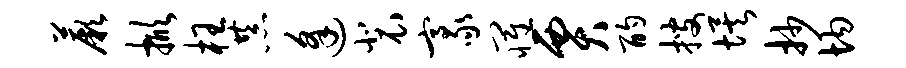
蕨掀枉恭逢裴豪罹贾酌搜埃抄均